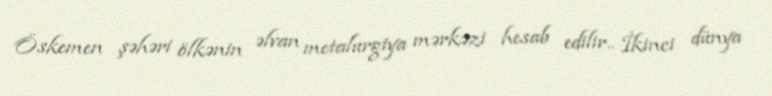
Öskemen şəhəri ölkənin əlvan metalurgiya mərkəzi hesab edilir.. İkinci dünya